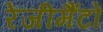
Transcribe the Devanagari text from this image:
रेजीमैंटों